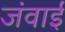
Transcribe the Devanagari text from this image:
जंवाई